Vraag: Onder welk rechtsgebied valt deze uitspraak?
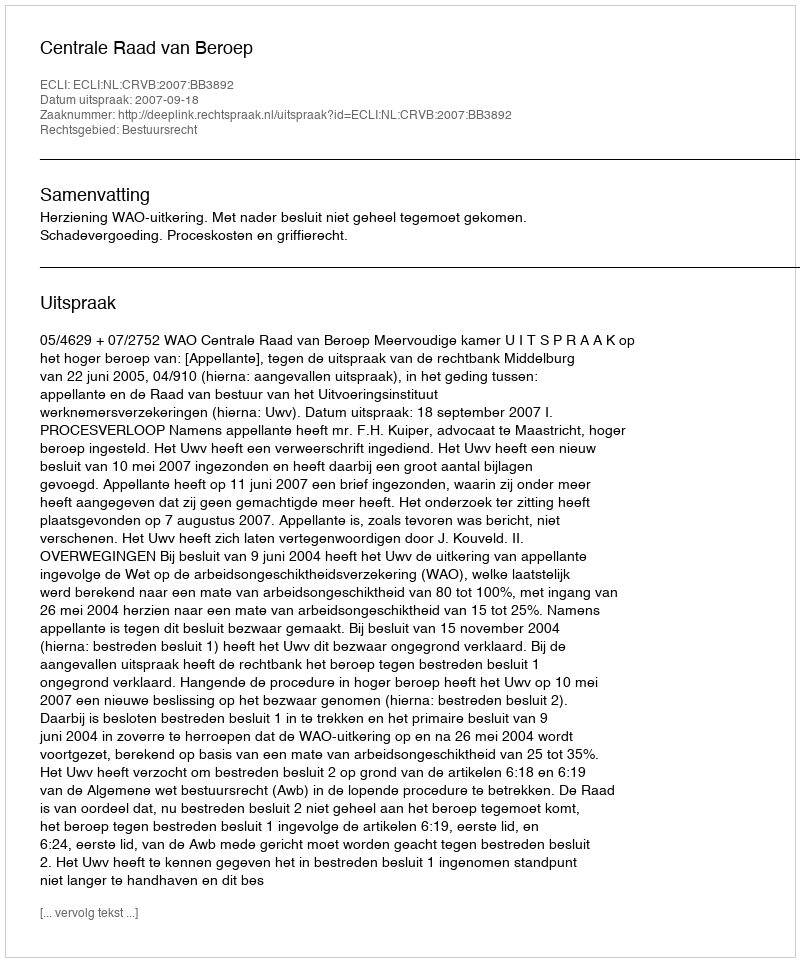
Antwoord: Bestuursrecht